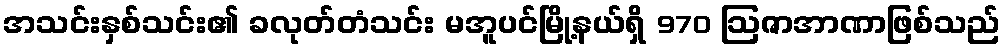
အသင်းနှစ်သင်း၏ ခလုတ်တံသင်း မအူပင်မြို့နယ်ရှိ 970 ဩဇာအာဏာဖြစ်သည်